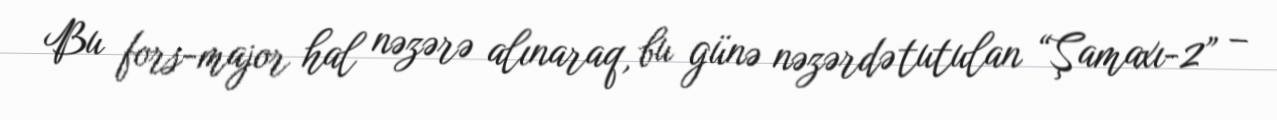
Bu fors-major hal nəzərə alınaraq, bu günə nəzərdə tutulan “Şamaxı-2” –